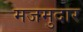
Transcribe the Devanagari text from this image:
मजमुदार